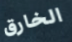
الخارق